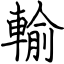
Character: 輸